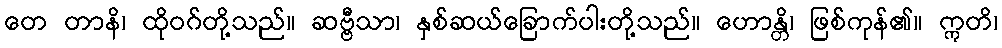
တေ တာနိ၊ ထိုဝဂ်တို့သည်။ ဆဗ္ဗီသာ၊ နှစ်ဆယ်ခြောက်ပါးတို့သည်။ ဟောန္တိ၊ ဖြစ်ကုန်၏။ ဣတိ၊